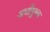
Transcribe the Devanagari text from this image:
अधोमुष्क